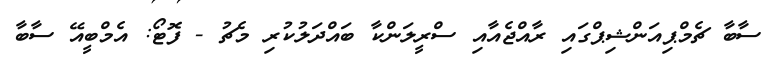
ސާބާ ޗެމްޕިއަންޝިޕްގައި ރާއްޖެއާއި ސްރީލަންކާ ބައްދަލުކުރި މެޗު - ފޮޓޯ: އެމްބީއޭ ސާބާ